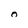
Character: 0